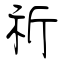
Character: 祈